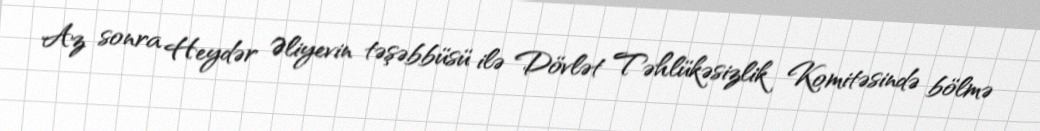
Az sonra Heydər Əliyevin təşəbbüsü ilə Dövlət Təhlükəsizlik Komitəsində bölmə